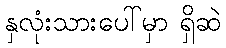
နှလုံးသားပေါ်မှာ ရှိဆဲ